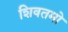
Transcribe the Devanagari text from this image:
शिवतमो